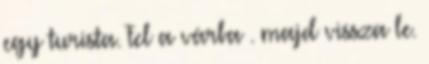
egy turista. Fel a várba . majd vissza le.